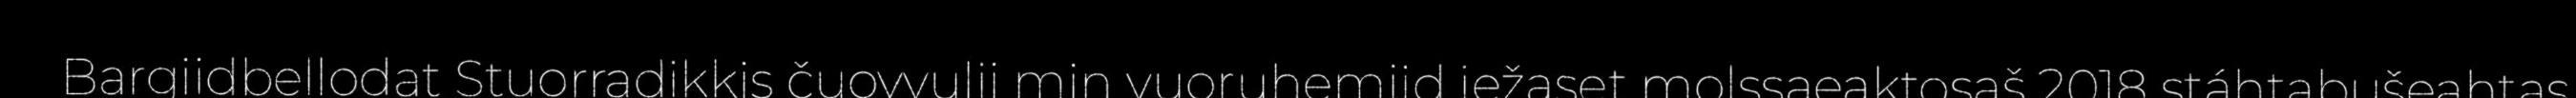
Bargiidbellodat Stuorradikkis čuovvulii min vuoruhemiid iežaset molssaeaktosaš 2018 stáhtabušeahtas